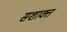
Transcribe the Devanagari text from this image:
सशाक्त